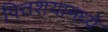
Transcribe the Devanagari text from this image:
पित्तशयामध्ये